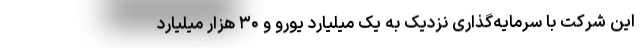
این شرکت با سرمایه‌گذاری نزدیک به یک میلیارد یورو و ۳۰ هزار میلیارد